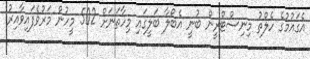
އެގައުމުގެ ހެލްތު މިނިސްޓްރީން ބުނީ އެބޯލާ ބަލީގައި މިހާތަނަށް 502 މީހުން މަރުވެފައިވާއިރު